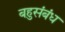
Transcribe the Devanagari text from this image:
बहुसंबंध